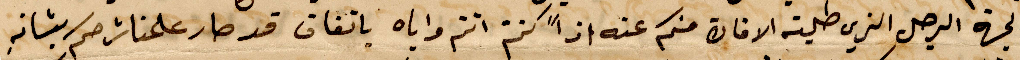
ولجهة الرجل الذي طلبته الافاة منكم عنه اذًا كنتم واياه باتفاق قد صار علمنا %%